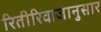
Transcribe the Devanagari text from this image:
रितीरिवाजानुसार